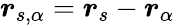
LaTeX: \boldsymbol{r}_{s,\alpha}=\boldsymbol{r}_{s}-\boldsymbol{r}_{\alpha}